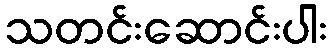
သတင်းဆောင်းပါး